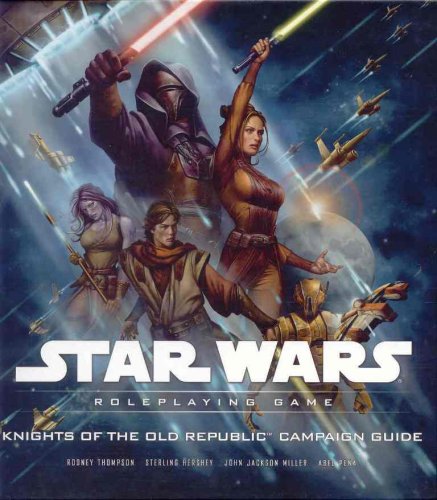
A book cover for Knights of the Old Republic Campaign Guide (Star Wars Roleplaying Game); Rodney Thompson; Science Fiction & Fantasy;